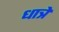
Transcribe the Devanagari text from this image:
धात्रे